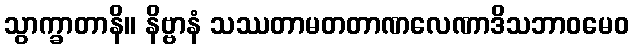
သွာက္ခာတာနိ။ နိဗ္ဗာနံ သဿတာမတတာဏလေဏာဒိသဘာဝမေဝ